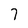
Character: 7